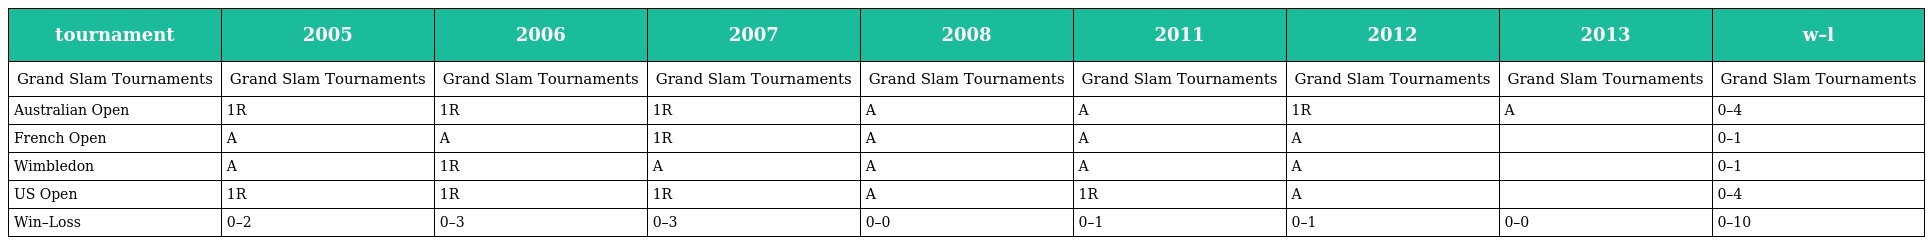
| tournament | 2005 | 2006 | 2007 | 2008 | 2011 | 2012 | 2013 | w–l |
 | --- | --- | --- | --- | --- | --- | --- | --- | --- |
 | Grand Slam Tournaments | Grand Slam Tournaments | Grand Slam Tournaments | Grand Slam Tournaments | Grand Slam Tournaments | Grand Slam Tournaments | Grand Slam Tournaments | Grand Slam Tournaments | Grand Slam Tournaments |
 | Australian Open | 1R | 1R | 1R | A | A | 1R | A | 0–4 |
 | French Open | A | A | 1R | A | A | A |  | 0–1 |
 | Wimbledon | A | 1R | A | A | A | A |  | 0–1 |
 | US Open | 1R | 1R | 1R | A | 1R | A |  | 0–4 |
 | Win–Loss | 0–2 | 0–3 | 0–3 | 0–0 | 0–1 | 0–1 | 0–0 | 0–10 |